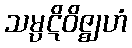
သမ္ပဋိဝိဇ္ဈဟံ